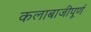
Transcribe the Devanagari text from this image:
कलाबाजीपूर्ण